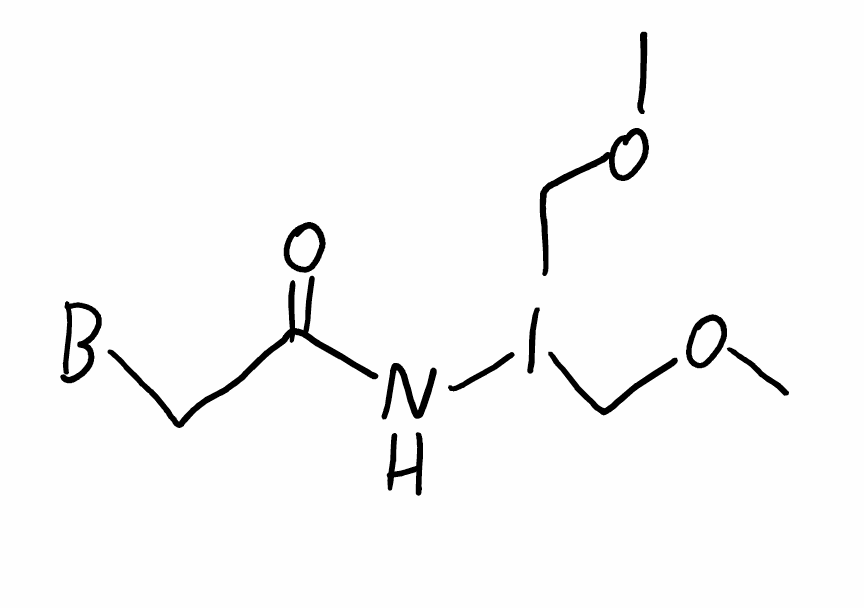
Simplified molecular-input line-entry system (SMILES) notation of the given molecule:
[B]CC(=O)NI(COC)COC